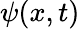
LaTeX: \psi(x,t)